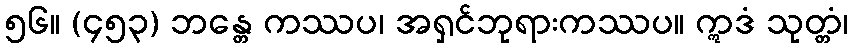
၅၆။ (၄၅၃) ဘန္တေ ကဿပ၊ အရှင်ဘုရားကဿပ။ ဣဒံ သုတ္တံ၊